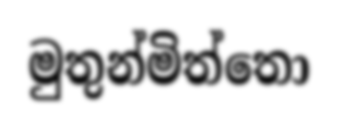
මුතුන්මිත්තො